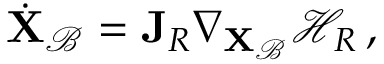
\dot { \mathbf { X } } _ { \mathcal { B } } = \mathbf { J } _ { R } \nabla _ { \mathbf { X } _ { \mathcal { B } } } \mathcal { H } _ { R } \, ,